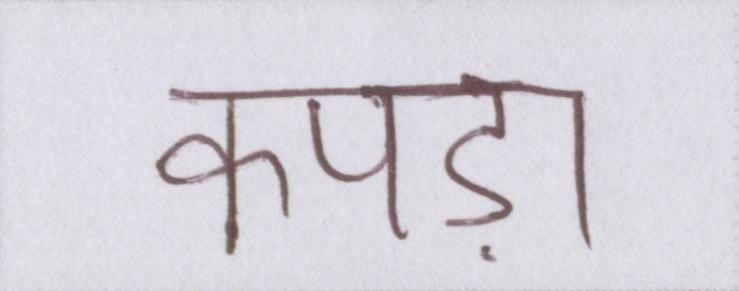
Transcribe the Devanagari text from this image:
कपड़ा